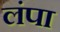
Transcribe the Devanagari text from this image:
लंपा